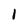
Character: 1